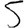
Digit: 5